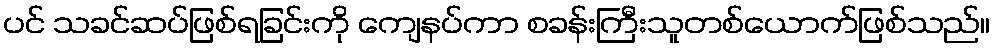
ပင် သခင်ဆပ်ဖြစ်ရခြင်းကို ကျေနပ်ကာ စခန်းကြီးသူတစ်ယောက်ဖြစ်သည်။